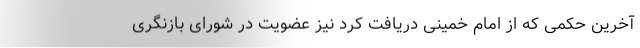
آخرین حکمی که از امام خمینی دریافت کرد نیز عضویت در شورای بازنگری